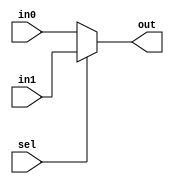
`timescale 1ns / 1ps
//////////////////////////////////////////////////////////////////////////////////
// Company: 
// Engineer: 
// 
// Design Name: 
// Module Name: MUX_2inp_5bit
// Project Name: 
// Target Devices: 
// Tool Versions: 
// Description: 
// 
// Dependencies: 
// 
// Revision:
// Revision 0.01 - File Created
// Additional Comments:
// 
//////////////////////////////////////////////////////////////////////////////////


module MUX_2inp_5bit(
    input [4:0] in0,
    input [4:0] in1,
    input sel,
    output [4:0] out
    );
    
    assign out = sel? in1: in0;
endmodule